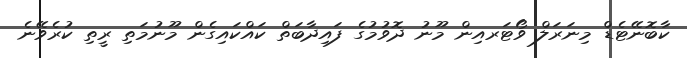
ކާބޮނޭޓެޑް މިނަރަލް ވޯޓަރއިން މޫނު ދޮވުމުގެ ފައިދާބަތް ކައްކައިގެން މޫނުމަތި ރީތި ކުރެވޭނެ